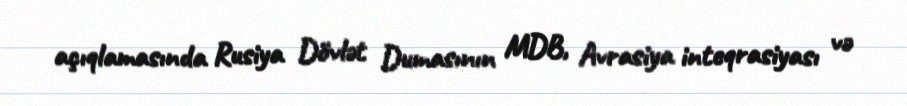
açıqlamasında Rusiya Dövlət Dumasının MDB, Avrasiya inteqrasiyası və